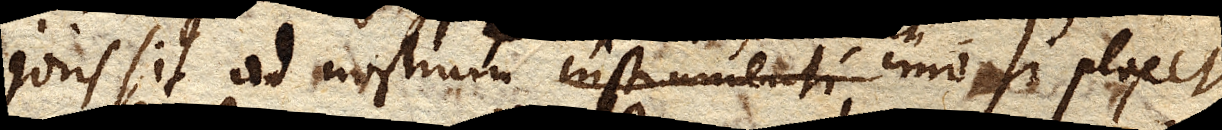
joris sit ad nostrum instrumenti imo si placet